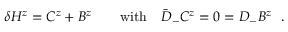
\delta H ^ { z } = C ^ { z } + B ^ { z } \qquad \mathrm { w i t h } \quad \bar { D } _ { - } C ^ { z } = 0 = D _ { - } B ^ { z } \ \ .